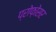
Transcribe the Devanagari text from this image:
प्रोफ़ोसर